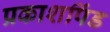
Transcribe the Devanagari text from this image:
प्रकाशपिंड